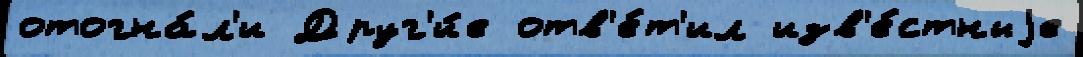
отогна́л'и Друг'и́е отв'е́т'ил изв'е́стныjе